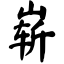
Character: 崭